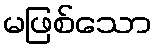
မဖြစ်သော